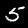
Label: 5